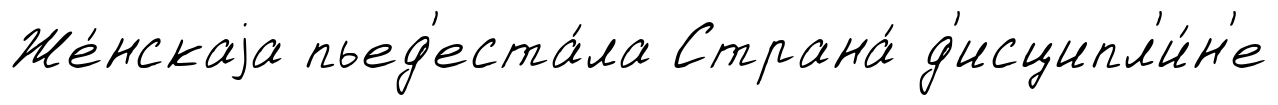
Же́нскаjа пьед'еста́ла Страна́ д'исципл'и́н'е